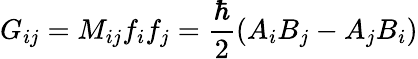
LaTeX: G_{ij}=M_{ij}f_{i}f_{j}=\frac{\hbar}{2}(A_{i}B_{j}-A_{j}B_{i})